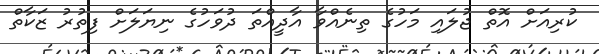
ކުރިއަށް އޮތް ޖުލައި މަހުގެ ތިނެއްވާ އާދީއްތަ ދުވަހުގެ ނިޔަލަށް ފިތުރު ޒަކާތް